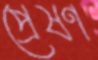
প্রেষণ